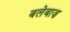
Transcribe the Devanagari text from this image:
बलेबाज़